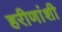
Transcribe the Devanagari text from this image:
हरीणांशी